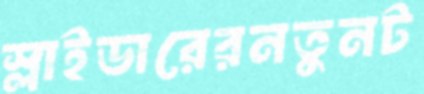
স্লাইডারেরনতুনট